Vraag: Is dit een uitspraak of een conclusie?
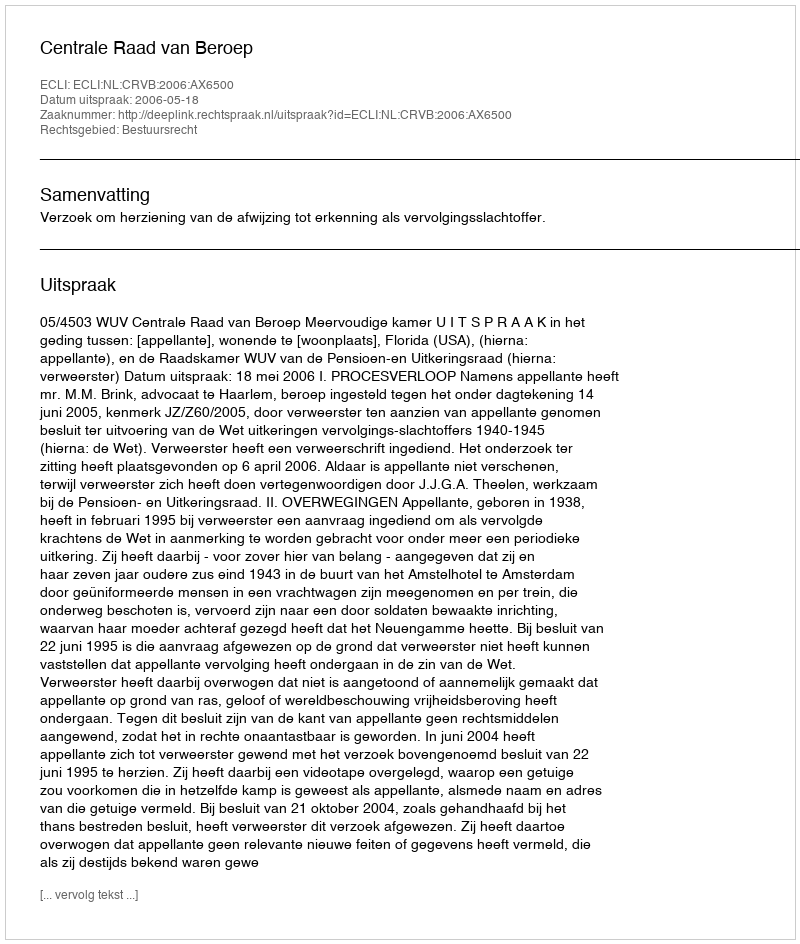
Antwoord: Uitspraak